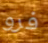
فرو